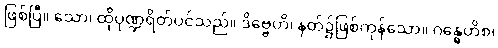
ဖြစ်ပြီ။ သော၊ ထိုပုဏ္ဍရိတ်ပင်သည်။ ဒိဗ္ဗေဟိ၊ နတ်၌ဖြစ်ကုန်သော။ ဂန္ဓေဟိစ၊